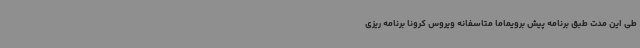
طی این مدت طبق برنامه پیش برویماما متاسفانه ویروس کرونا برنامه ریزی